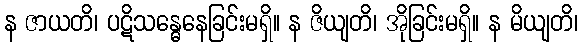
န ဇာယတိ၊ ပဋိသန္ဓေနေခြင်းမရှိ။ န ဇိယျတိ၊ အိုခြင်းမရှိ။ န မိယျတိ၊